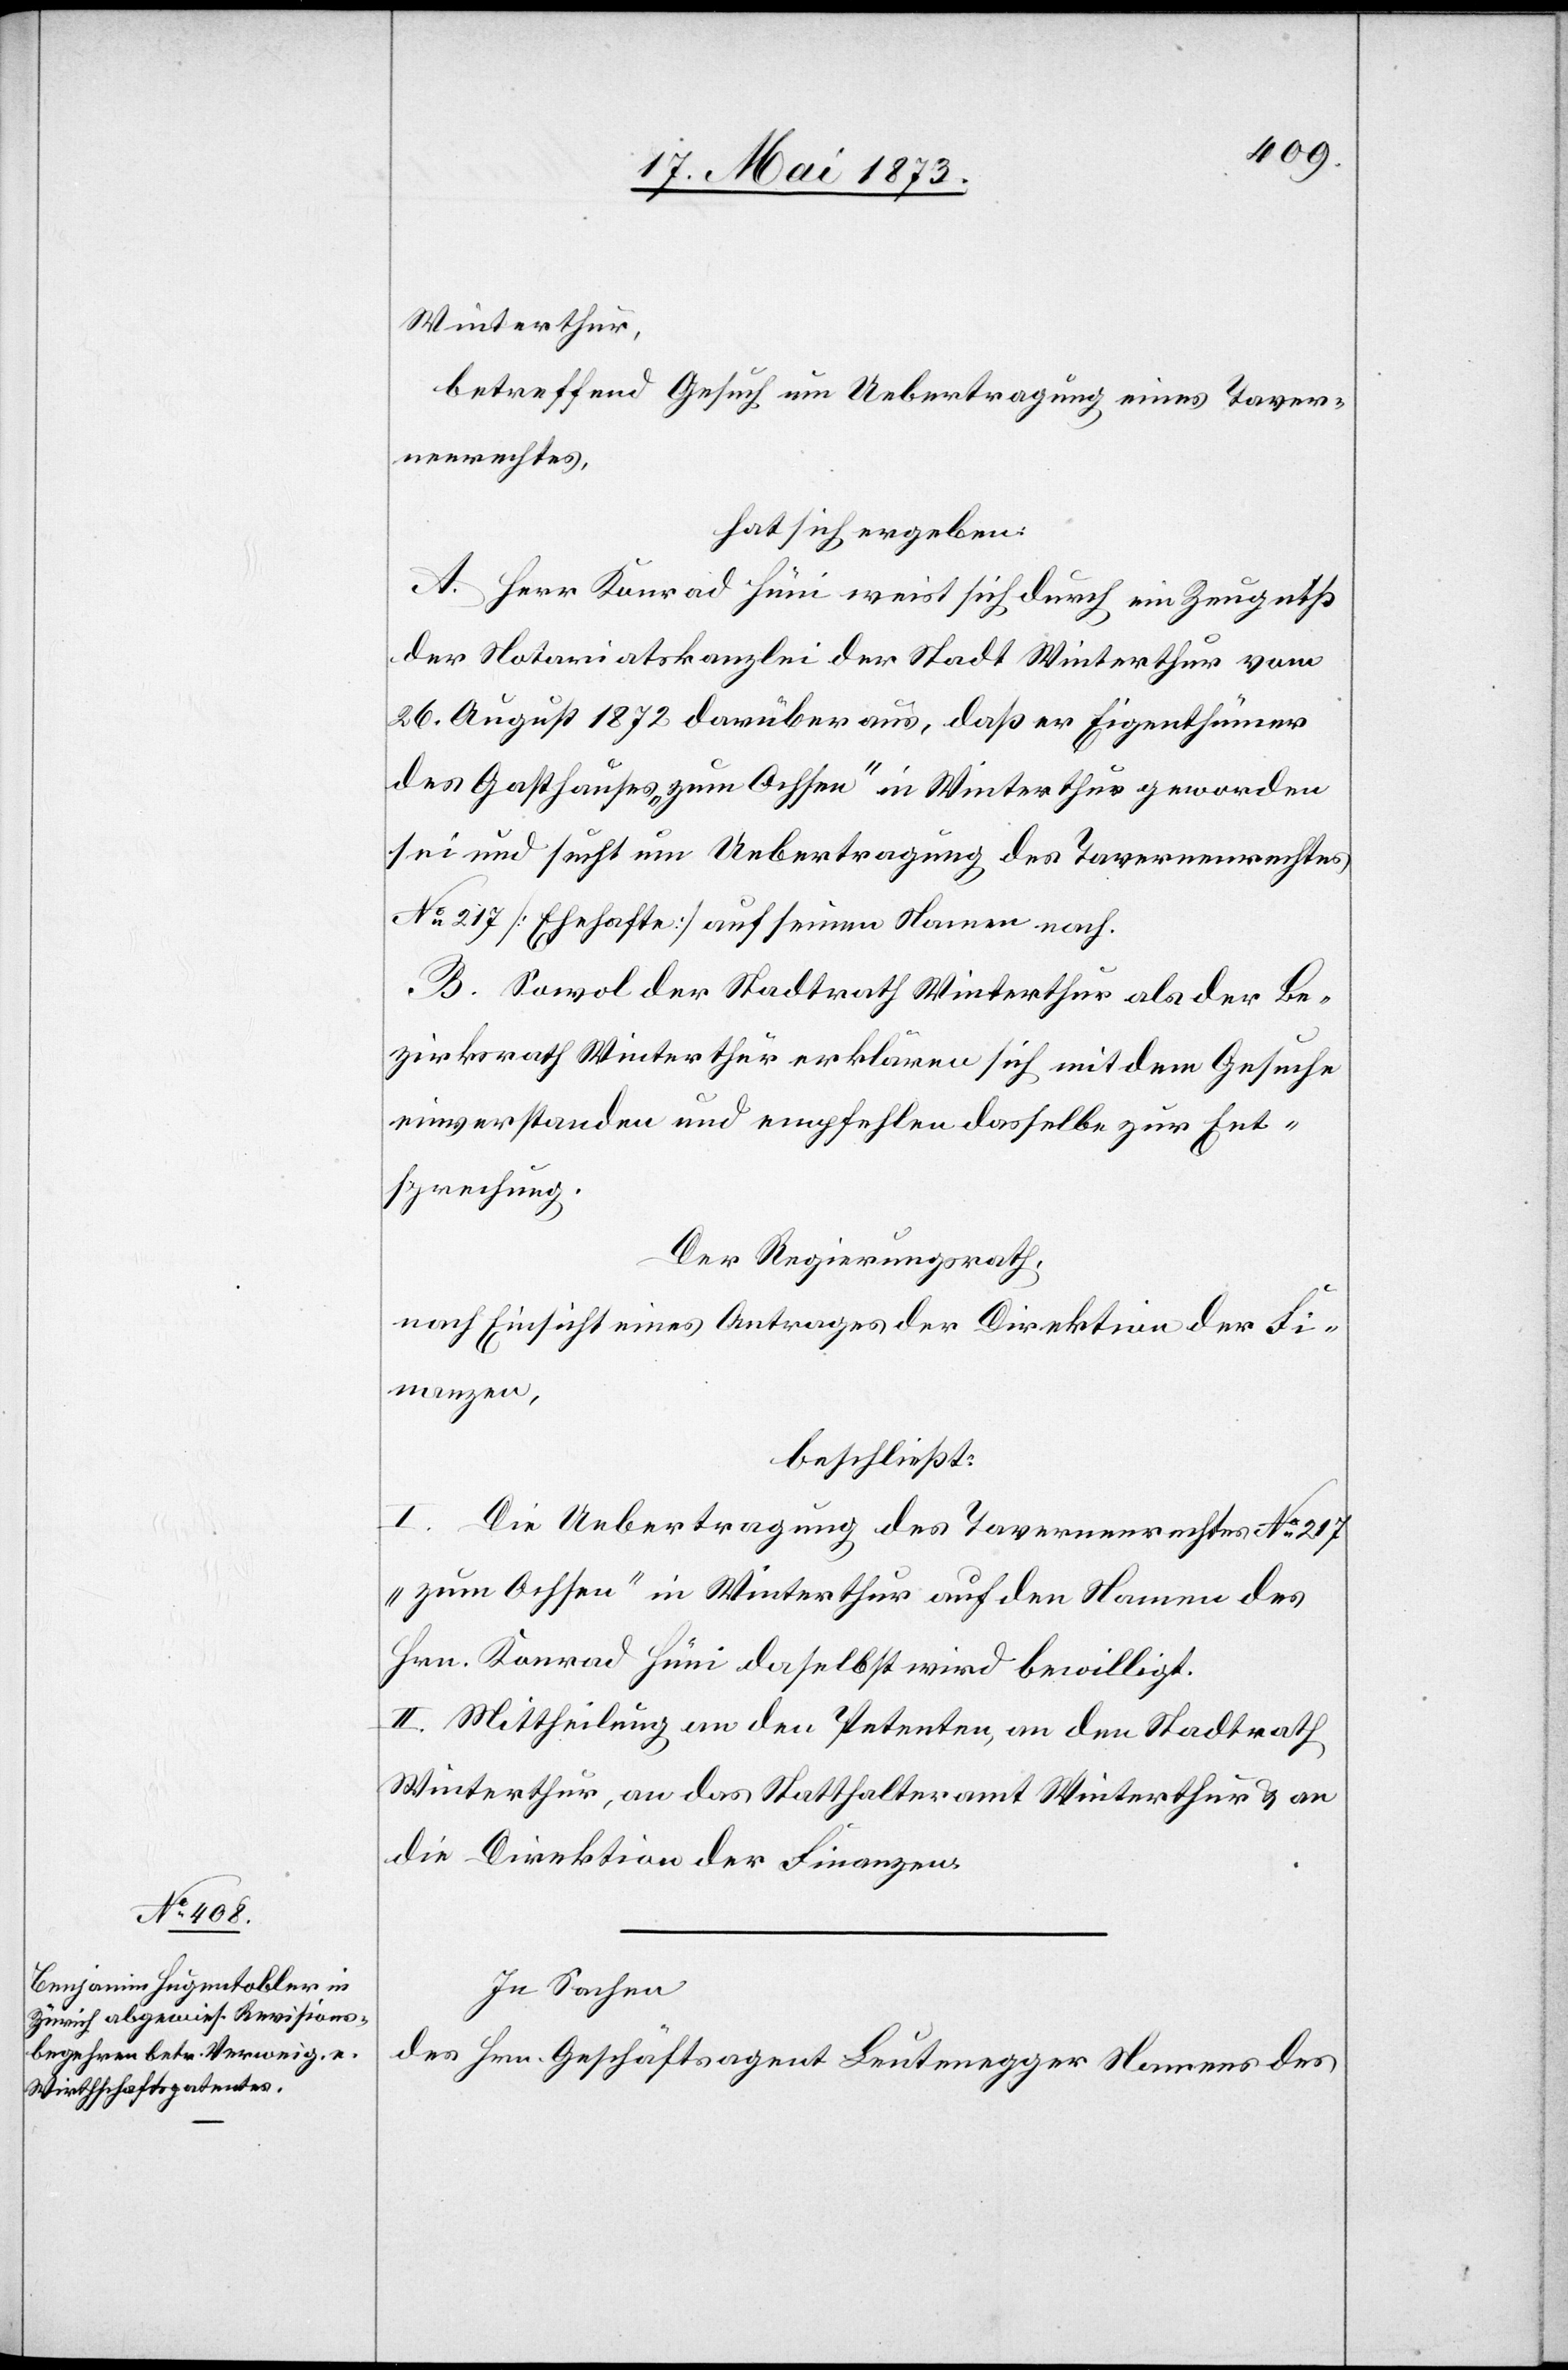
Winterthur,
betreffend Gesuch um Uebertragung eines Taver¬
nenrechtes,
hat sich ergeben:
A. Herr Konrad Hüni weist sich durch ein Zeugniß
der Notariatskanzlei der Stadt Winterthur vom
26. August 1872 darüber aus, daß er Eigenthümer
des Gasthauses „zum Ochsen“ in Winterthur geworden
sei und sucht um Uebertragung des Tavernenrechtes
No 217 [Ehehafte] auf seinen Namen nach.
B. Sowol der Stadtrath Winterthur als der Be¬
zirksrath Winterthur erklären sich mit dem Gesuche
einverstanden und empfehlen dasselbe zur Ent¬
sprechung.
Der Regierungsrath,
nach Einsicht eines Antrages der Direktion der Fi¬
nanzen,
beschließt:
I. Die Uebertragung des Tavernenrechtes No 217
„zum Ochsen“ in Winterthur auf den Namen des
Hrn. Konrad Hüni daselbst wird bewilligt.
II. Mittheilung an den Petenten, an den Stadtrath
Winterthur, an das Statthalteramt Winterthur & an
die Direktion der Finanzen.
In Sachen
des Hrn. Geschäftsagent Leutenegger Namens des